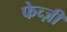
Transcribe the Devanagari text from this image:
फेव्ज़ी